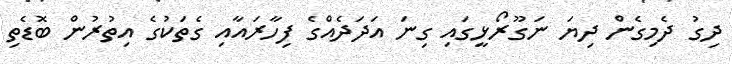
ދިގު ދެމިގެން ދިޔަ ނަގޫރޯޅީގައި ގިނަ އަދަދެއްގެ ފިހާރައާއި ގެތަކުގެ އިތުރުން ބޮޑެތި